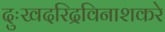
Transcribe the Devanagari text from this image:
दुःखदरिद्रविनाशकरे